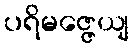
ပရိမဇ္ဇေယျ